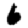
Digit: 6